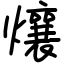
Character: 爙